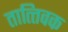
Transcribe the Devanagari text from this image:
तात्त्‍विक